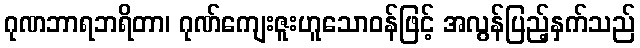
ဂုဏဘာရဘရိတာ၊ ဂုဏ်ကျေးဇူးဟူသောဝန်ဖြင့် အလွန်ပြည့်နှက်သည်